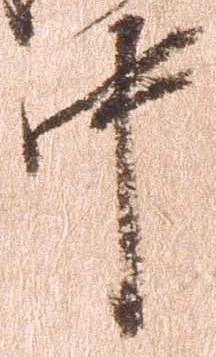
中